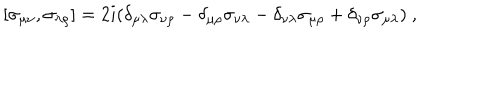
LaTeX: [ \sigma _ { \mu \nu } , \sigma _ { \lambda \rho } ] = 2 i ( \delta _ { \mu \lambda } \sigma _ { \nu \rho } - \delta _ { \mu \rho } \sigma _ { \nu \lambda } - \delta _ { \nu \lambda } \sigma _ { \mu \rho } + \delta _ { \nu \rho } \sigma _ { \mu \lambda } ) \ ,